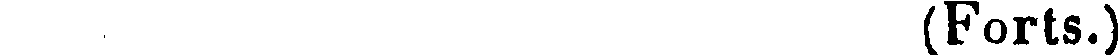
(Forts.)